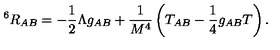
^ 6 R _ { A B } = - \frac { 1 } { 2 } \Lambda g _ { A B } + \frac { 1 } { M ^ { 4 } } \left( T _ { A B } - \frac { 1 } { 4 } g _ { A B } T \right) .